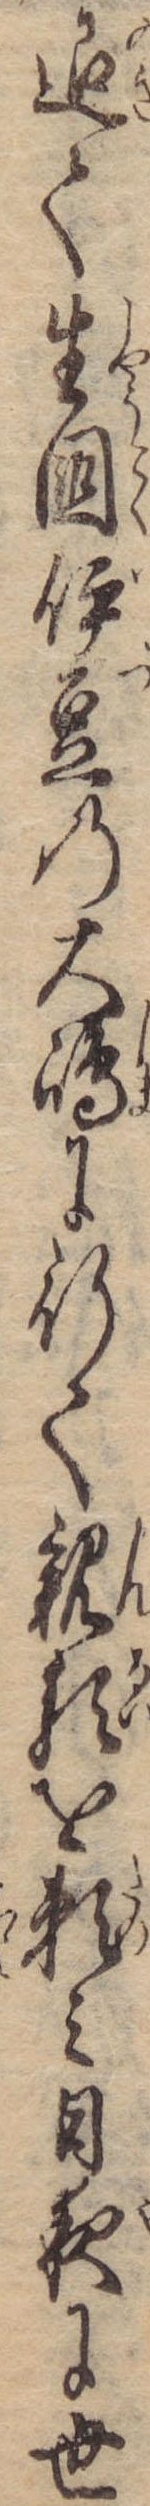
退て生国伊豆の大島に行て親類を頼み日夜に世